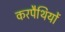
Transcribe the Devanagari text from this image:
करपैथियों